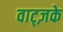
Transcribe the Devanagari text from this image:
वाट्ज़के